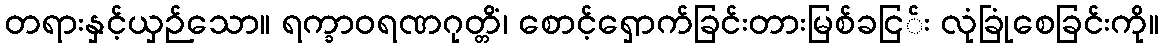
တရားနှင့်ယှဉ်သော။ ရက္ခာဝရဏဂုတ္တိံ၊ စောင့်ရှောက်ခြင်းတားမြစ်ခငြ်း လုံခြုံစေခြင်းကို။